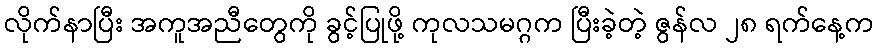
လိုက်နာပြီး အကူအညီတွေကို ခွင့်ပြုဖို့ ကုလသမဂ္ဂက ပြီးခဲ့တဲ့ ဇွန်လ ၂၈ ရက်နေ့က